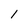
Character: 1